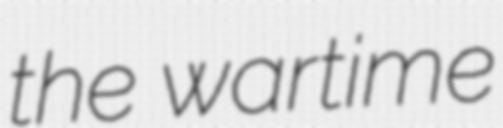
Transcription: the wartime